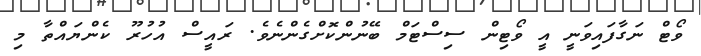
ވޯޓް ނަގާފައިވަނީ އީ ވޯޓިން ސިސްޓަމް ބޭނުންކޮށްގެންނެވެ. ރައީސް އުހުރޫ ކެންޔައްތާ މި